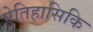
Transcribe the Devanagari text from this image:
ऐतिहासिकि